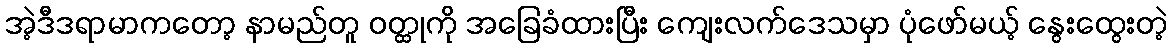
အဲ့ဒီဒရာမာကတော့ နာမည်တူ ဝတ္ထုကို အခြေခံထားပြီး ကျေးလက်ဒေသမှာ ပုံဖော်မယ့် နွေးထွေးတဲ့